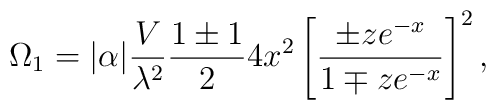
\Omega_1 = | \alpha | {V \over \lambda^2} {{1\pm 1} \over 2} 4 x^2 \left [{{\pm ze^{-x}} \over {1 \mp z e^{-x}}} \right ]^2 ,